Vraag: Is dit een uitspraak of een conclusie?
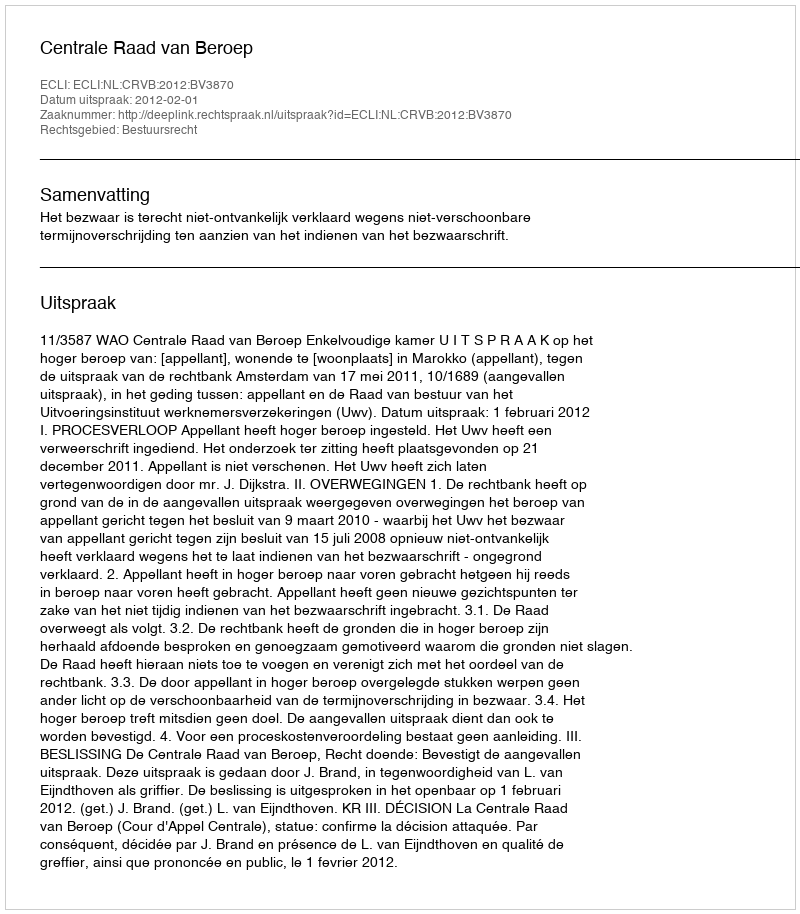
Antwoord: Uitspraak